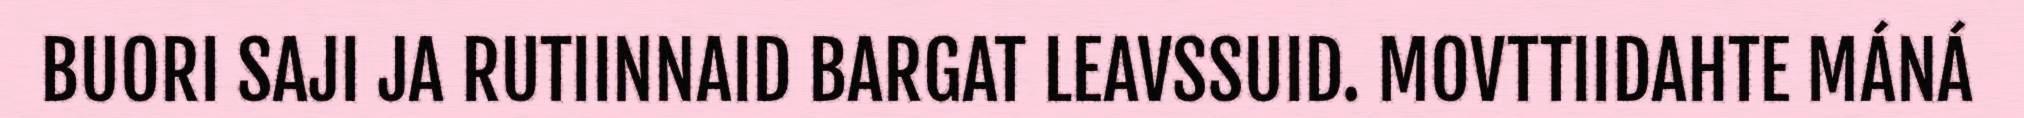
BUORI SAJI JA RUTIINNAID BARGAT LEAVSSUID. MOVTTIIDAHTE MÁNÁ